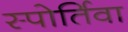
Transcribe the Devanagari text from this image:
स्पोर्तिवा